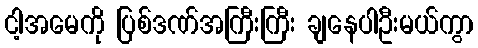
ငါ့အမေကို ပြစ်ဒဏ်အကြီးကြီး ချနေပါဦးမယ်ကွာ